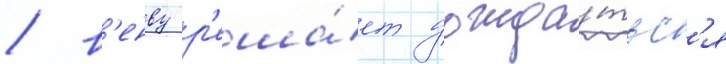
/ в'енву р'еша́ет дожда́тьс'я